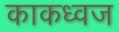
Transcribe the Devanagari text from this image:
काकध्वज